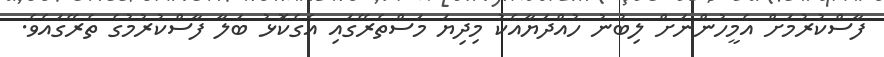
ފާސްކުރުމަށް އެމީހުންނަށް ލިބުނު ހުއްދަޔާއެކު މިދިޔަ މަސްތެރޭގައި އެގެކޮޅު ބަލާ ފާސްކުރުމުގެ ތެރޭގައެވެ.